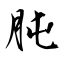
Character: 肫